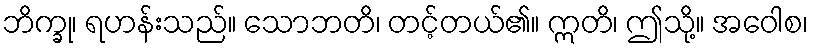
ဘိက္ခု၊ ရဟန်းသည်။ သောဘတိ၊ တင့်တယ်၏။ ဣတိ၊ ဤသို့။ အဝေါစ၊